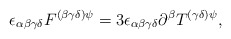
\begin{align*}\epsilon _{\alpha \beta \gamma \delta }F^{(\beta \gamma \delta )\psi}=3\epsilon _{\alpha \beta \gamma \delta }\partial ^{\beta }T^{(\gamma\delta )\psi },\end{align*}